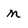
Character: n